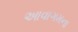
આવાગમના